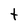
Character: t